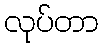
လုပ်တာ